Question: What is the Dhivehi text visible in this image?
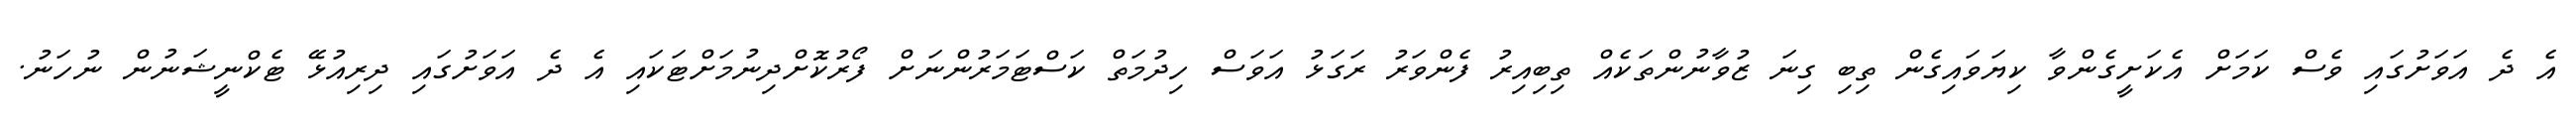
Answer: އެ ދެ އަވަށުގައި ވެސް ކަމަށް އެކަށީގެންވާ ކިޔަވައިގެން ތިބި ގިނަ ޒުވާނުންތަކެއް ތިބިއިރު ފެންވަރު ރަގަޅު އަވަސް ހިދުމަތް ކަސްޓަމަރުންނަށް ފޯރުކޮށްދިނުމަށްޓަކައި އެ ދެ އަވަށުގައި ދިރިއުޅޭ ޓެކްނީޝަނުން ނުހަނު.